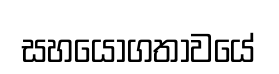
සහයෝගතාවයේ